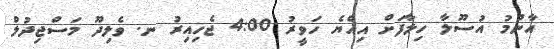
އާންމު އުސޫލާ ހިލާފަށް އިއްޔެ ހަވީރު 4:00 ޖެހިއިރު ނ. ވެލިދޫ މަސްޖިދުލް